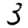
Digit: 3